Cholera in India, 1862 to 1881
Year: 1862
Disease focus: Cholera
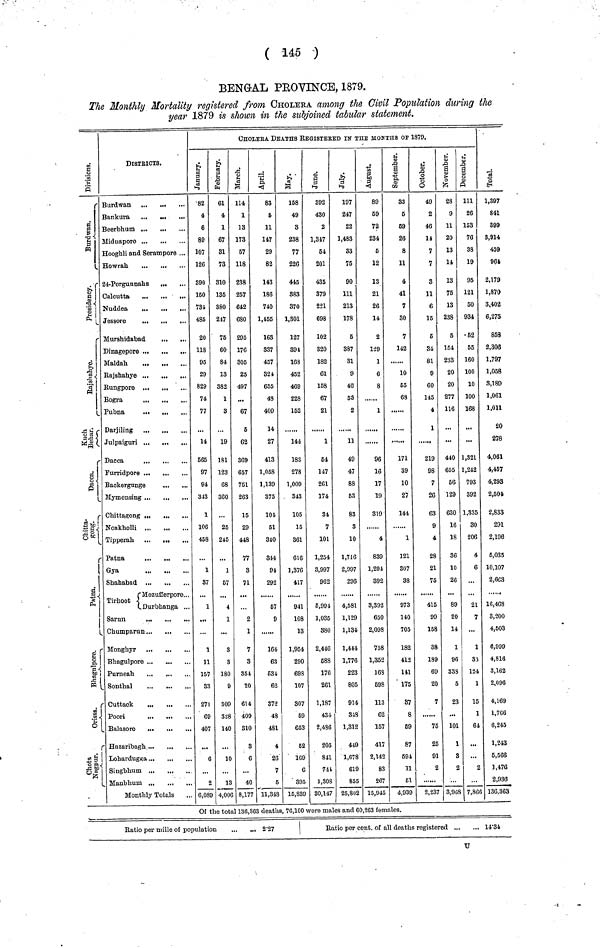
Divisions.
Burdwan.
Presidency.
Rajshahye.
Kuch
Behar.
Dacca.
Chitta.
gong.
Patna.
Bhagulpore.
Orissa.
Chota
Nagpur.
DISTRICTS.
Burdwan
Bankura
...
Beerbhum ...
Midnapore
Hooghli and Serampore ...
Howrah
24-Pergunnahs
Calcutta
...
...
...
Nuddea
Jessore
Murshidabad
Dinagepore ...
...
...
Maldah.
Rajshahye ... ,
Rungpore
Bogra
...
...
Pubna
...
,
Julpaiguri ...
Dacca
Furridpore ...
...
Backergunge
Mymensing
Chittagong .
...
Noakholli
Tipperah ...
Patna
Gya
Shahabad
Tirhoot Mozufferpore
Durbhanga
M onghyr ...
...
Bhagulpore ...
Purneah.
...
Sonthal
Cuttack
P
oori
Balasore
...
Hazaribagh
Lohardugga
Singbhum
Manbhum
Monthly Totals
CHOLERA DEATHS REGISTERED IN THE MONTHS OF 1879.
January.
82
4
6
89
107
126
390
160
734
485
20
118
95
29
829
74
77
14
565
97
94
343
1
106
458
1
37
1
1
11
157
33
271
G9
407
6
2
6,089
February.
61
4
1
67
81
73
310
135
380
247
75
60
84
13
382
1
3
19
181
123
68
360
25
245
1
57
4
1
3
3
180
9
309
328
140
10
13
4,006
March.
114
1
13
173
57
118
238
257
642
680
295
176
305
25
497
67
5
62
369
657
751
263
15
29
448
77
8
71
2
1
7
3
351
20
614
409
810
3
6
40
8,177
April.
83
5
11
147
29
82
143
186
740
1,455
163
337
457
324
655
43
400
14
27
413
1,058
1,139
375
101
51
340
314
94
292
57
9
164
63
634
62
372
48
481
4
26
7
5
11,348
May.
158
49
8
238
77
226
445
383
370
1,301
127
394
163
452
469
228
152
144
183
278
1,009
343
105
15
361
616
1,376
417
941
108
13
1,954
290
69S
107
307
59
653
52
1G9
6
395
15,839
June.
392
430
2
1,347
54
201
435
379
221
698
102
320
182
61
158
67
21
1
64
147
261
174
34
7
101
1,254
3,997
962
6,991
1,035
380
2,446
688
176
261
1,187
431
2,486
205
841
744
1,308
30,147
July.
197
247
22
1,483
33
76
90
111
213
178
5
387
81
9
46
53
2
11
49
47
88
53
83
3
10
1,716
2,997
296
4,581
1,129
1,134
1,444
1,776
223
805
914
348
1,312
449
1,678
619
855
25,802
August.
89
59
72
234
6
12
13
21
26
14
2
129
1
6
8
1
96
16
17
19
319
4
839
1,294
392
3,392
650
2,098
758
1,352
163
598
113
62
157
417
2,142
83
267
15,945
September.
33
5
69
23
8
11
4
41
7
30
7
142
10
65
63
171
39
10
27
144
1
121
307
38
973
140
705
182
412
141
175
87
8
59
87
594
11
61
4,939
October.
49
2
46
14
7
7
3
11
6
16
6
84
81
9
60
145
4
1
219
98
7
26
63
9
4
28
21
75
415
99
158
88
189
69
20
7
75
25
91
2
2,237
November.
28
9
11
20
13
14
13
76
13
238
5
164
233
20
20
277
116
440
655
56
129
630
16
18
36
10
26
89
20
14
1
96
338
5
23
101
1
3
2
3,968
December.
111
26
153
76
38
19
95
121
50
934
52
55
160
100
10
100
168
1,821
1,242
793
392
1,335
30
206
4
6
21
7
1
33
124
1
15
1
64
2
7,866
Total.
1,397
841
399
3,914
459
964
2,179
1,870
3.402
6,275
853
2,306
1,797
1,058
8,189
1,061
1,011
20
278
4,061
4,467
4,293
2,504
2,833
291
2,196
5,035
10,107
2,663
16,463
3,200
4,503
6,999
4,816
3,162
2,096
4,169
1,706
6,245
1,243
5,566
1,476
2,936
136,363
Of the total 136,303 deaths, 76,100 were males and 60,263 females.
Ratio per mille of population
...
.., 2.27
Ratio per cent. of all deaths registered
14.34
U